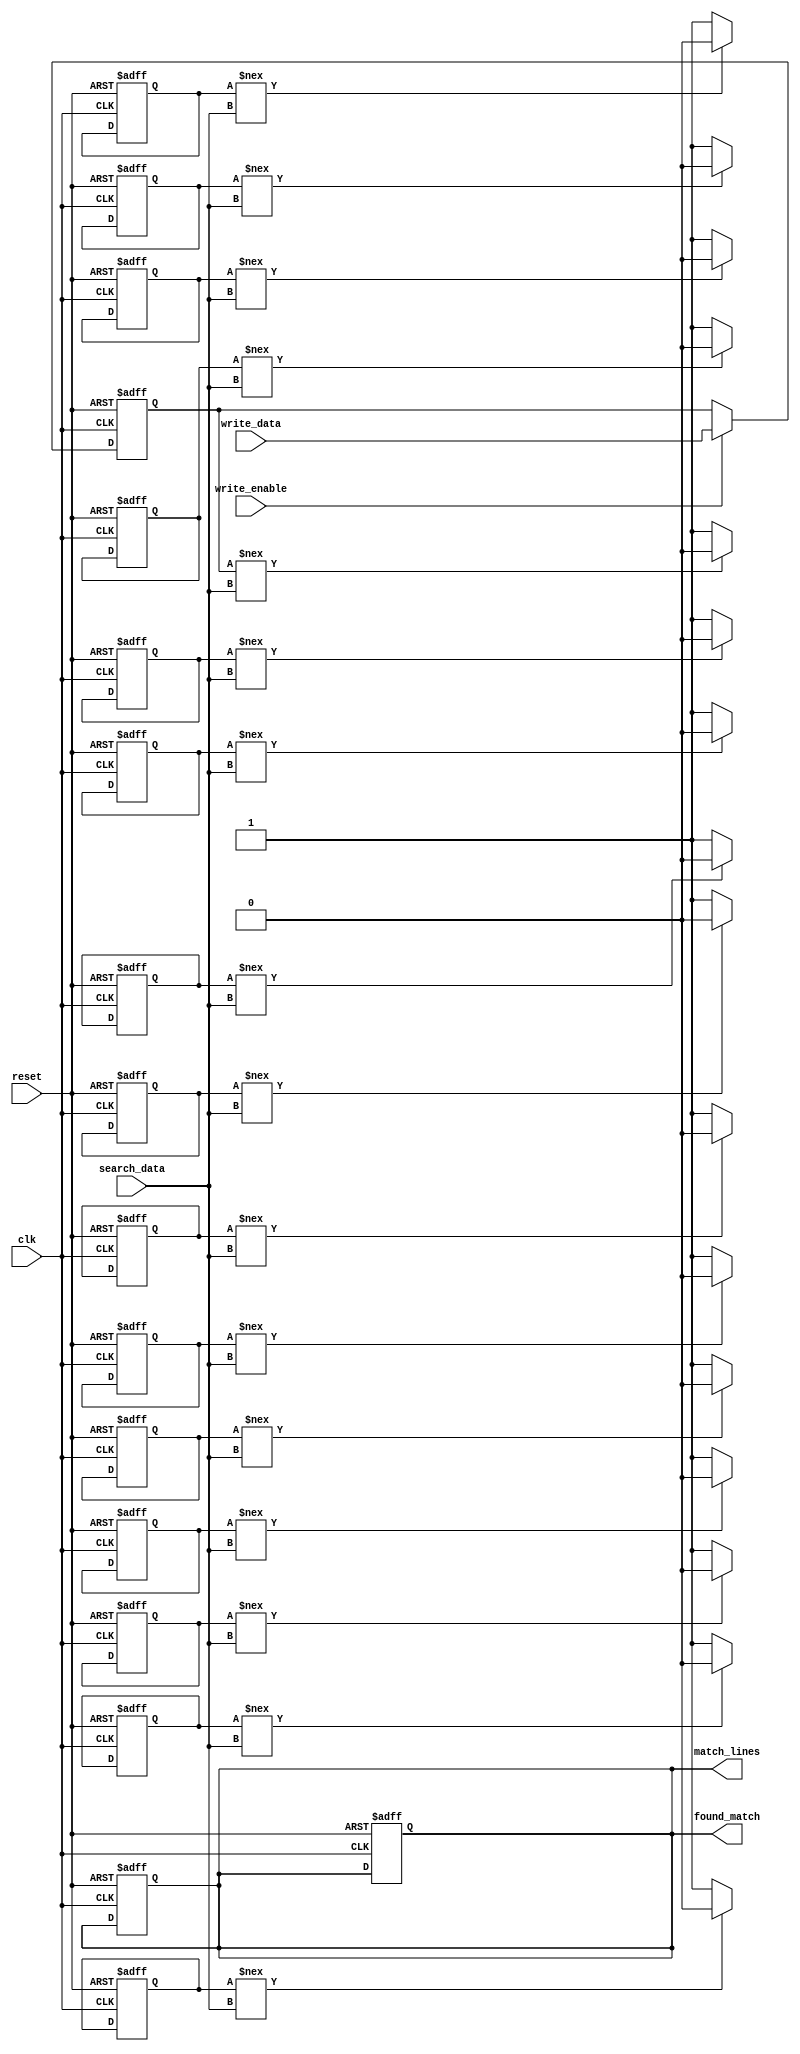
module flash_based_cam #(
    parameter DATA_WIDTH = 8,  // Width of each stored word
    parameter DEPTH = 16       // Number of entries in the CAM
)(
    input wire clk,
    input wire reset,
    input wire [DATA_WIDTH-1:0] search_data,    // Data to search
    input wire write_enable,                      // Write enable signal
    input wire [DATA_WIDTH-1:0] write_data,      // Data to write
    output reg [DEPTH-1:0] match_lines,          // Match lines output
    output reg [DEPTH-1:0] found_match           // Indicates if match is found for each entry
);

    // Data storage array (CAM Array)
    reg [DATA_WIDTH-1:0] cam_array [0:DEPTH-1];
    
    // Internal signals
    reg [DEPTH-1:0] match_temp; // Temporary match line storage
    integer i;

    // Initial reset and write logic
    always @(posedge clk or posedge reset) begin
        if (reset) begin
            // Clear CAM array on reset
            for (i = 0; i < DEPTH; i = i + 1) begin
                cam_array[i] <= {DATA_WIDTH{1'b0}};
            end
            match_lines <= {DEPTH{1'b0}};
            found_match <= {DEPTH{1'b0}};
        end else if (write_enable) begin
            // Write data into the CAM
            cam_array[DEPTH-1] <= write_data; // Write to the last entry for simplicity
        end
    end

    // Search logic
    always @(*) begin
        match_temp = {DEPTH{1'b1}}; // Start with all matches
        found_match = {DEPTH{1'b0}}; // Clear found matches

        // Compare search data with each entry in the CAM
        for (i = 0; i < DEPTH; i = i + 1) begin
            if (cam_array[i] !== search_data) begin
                match_temp[i] = 1'b0; // Not a match
            end else begin
                found_match[i] = 1'b1; // Found a match
            end
        end

        match_lines = match_temp; // Update match lines
    end

endmodule